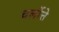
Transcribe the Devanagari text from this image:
चर्लोत्ते